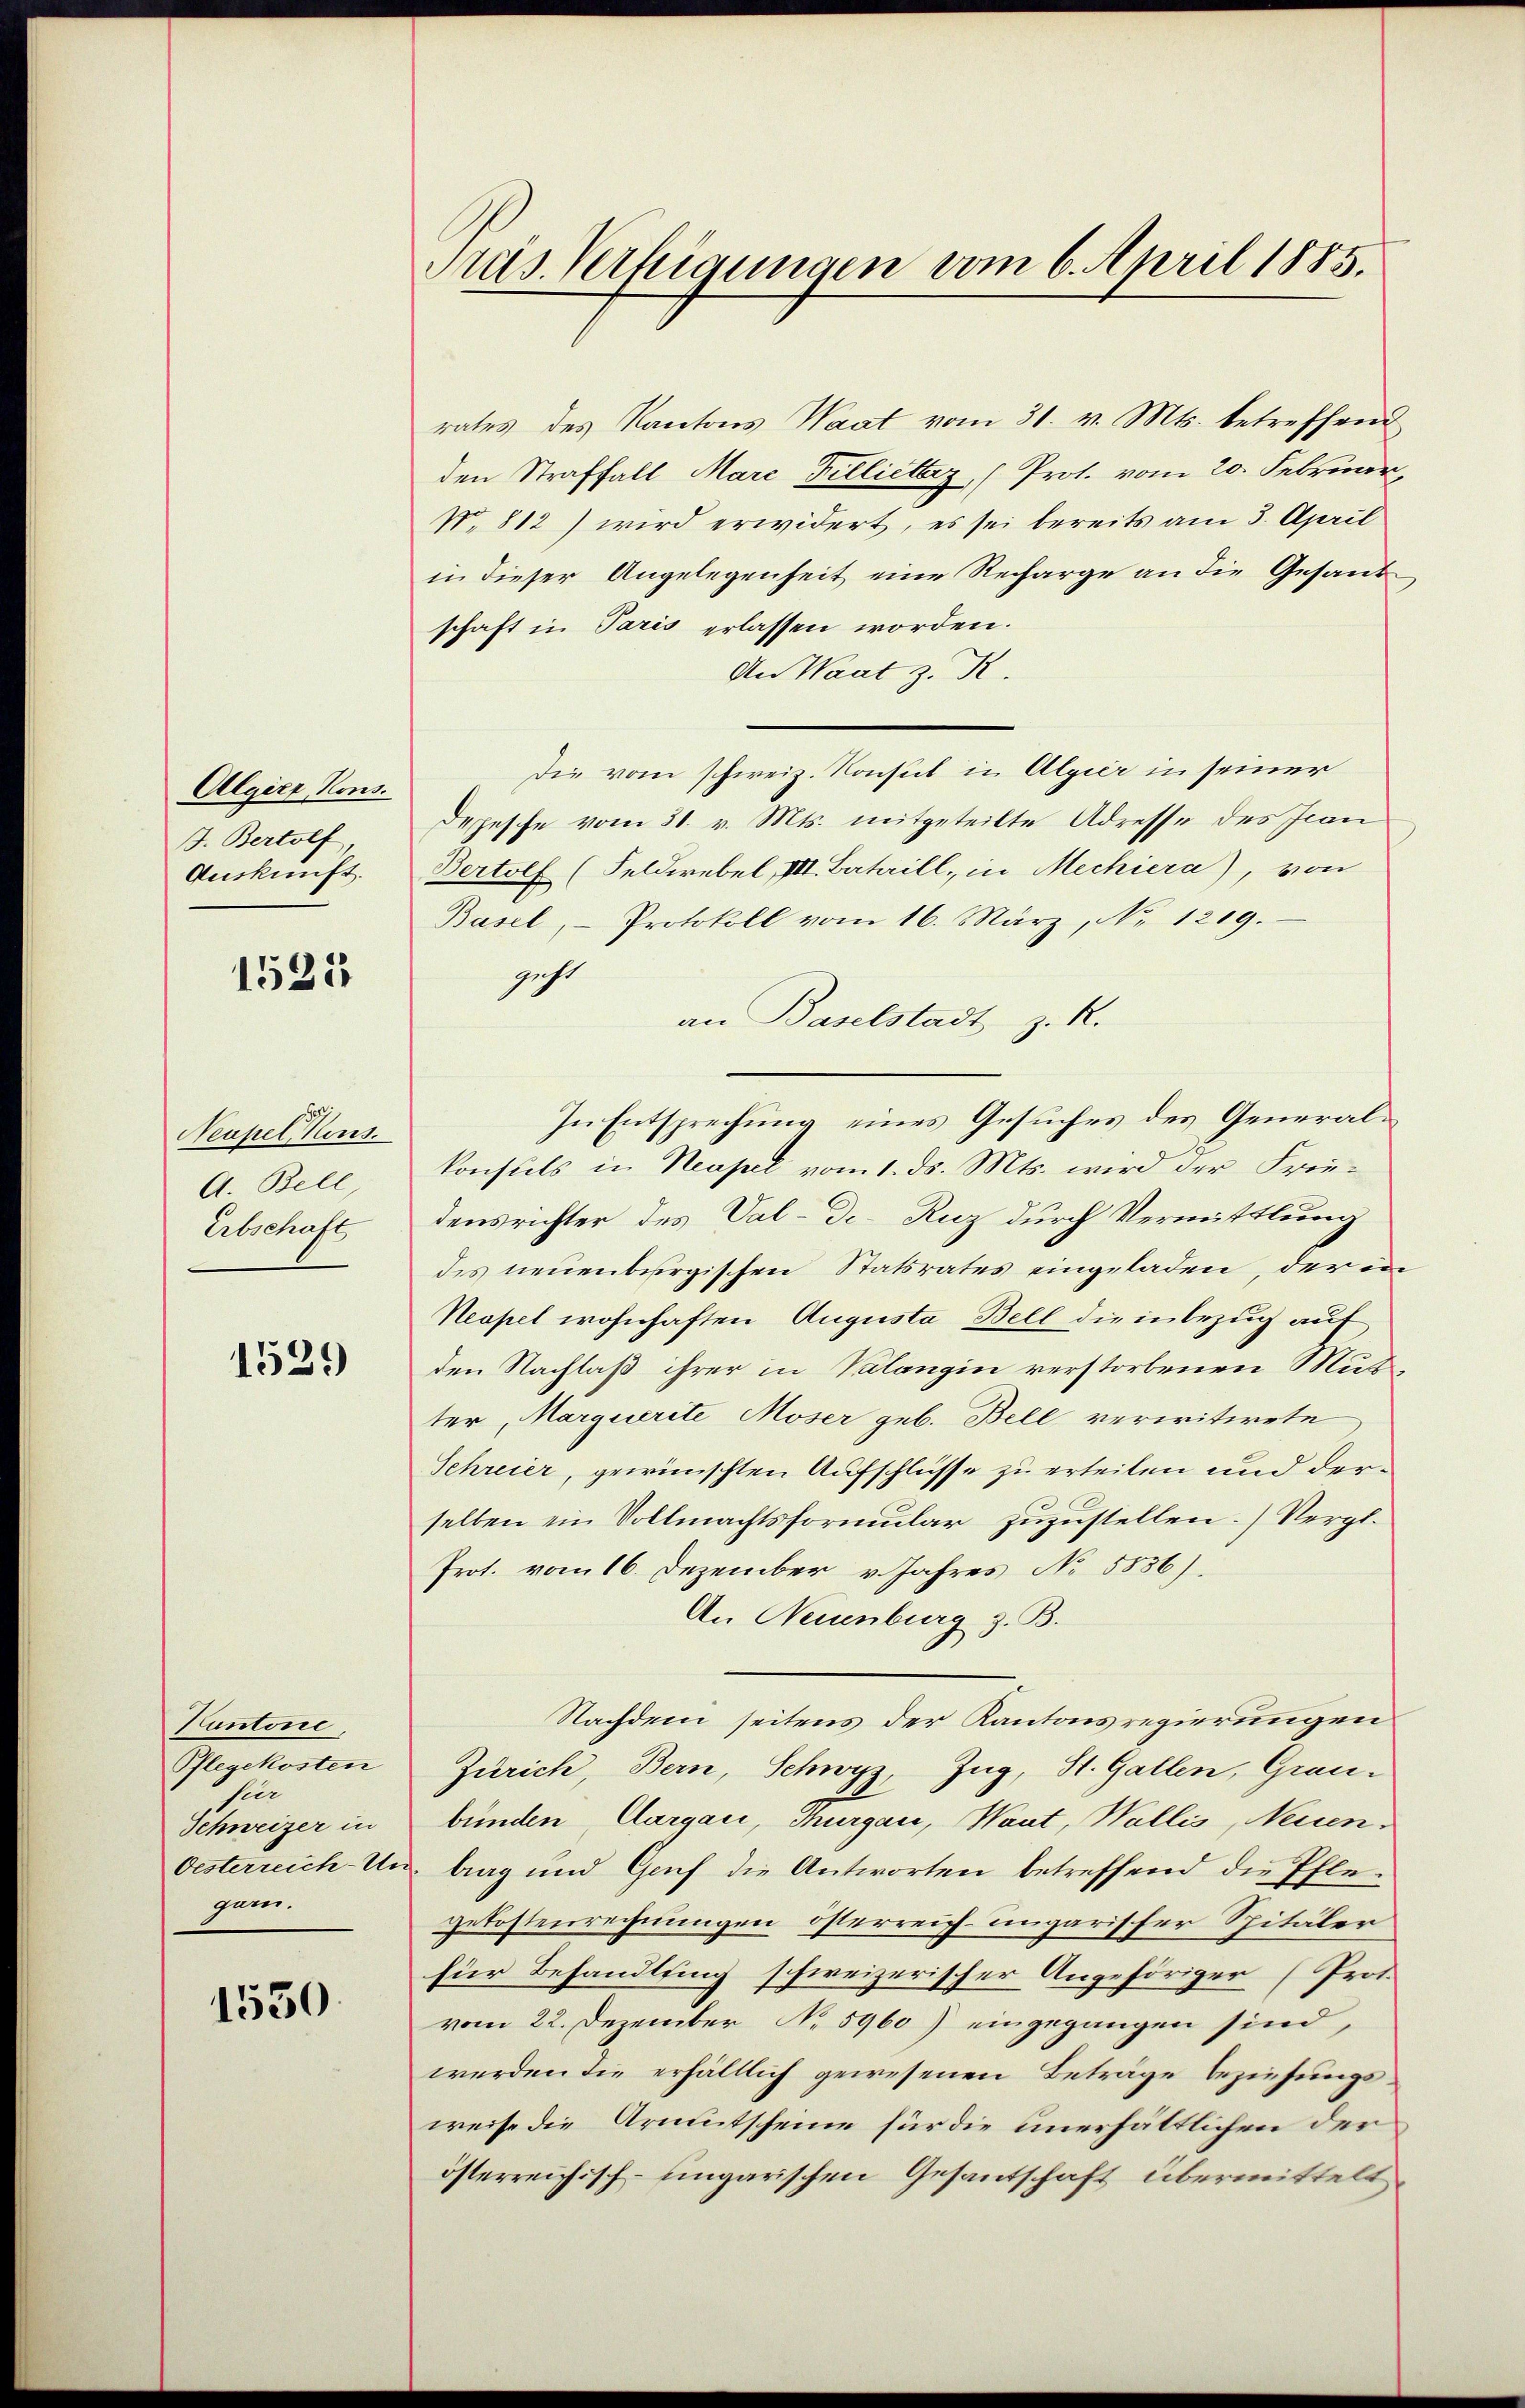
Algier Kons.
J. Bertolf,
Auskunft.

1525

Neupel, Haus.
A. Bell
Erbschaft

1529

Kantone
Pflegekosten
fier
Schweizer in
Oesterreich-U.
garn.

1530

Pras. Verfügungen vom 6. April 1885.

rates des Kantons Waat vom 31. v. Mts. betreffend
den Straffall Mare Tillictarz (Prot. vom 20. Februar,
N. 812) wird erwidert, es sei bereits am 3. April
in dieser Angelegenheit eine Recharge an die Gesandschaft in Paris erlassen worden.
An Waat z. R.
Die vom schweiz. Konsul in Algier in seiner
Depesche vom 31. v. Mts. mitgeteilte Adresse des Jean
Bertolf (Feldwebel, III. Bataill, in Mechiera), von
Basel, Protokoll vom 16. März, No 1219.
gest
an Baselstadt z. R.
In Entsprechung eines Gesuches des Generalkonsuls in Neapel vom 1. ds. Mts. wird der Friedensrichter des Val-Di-Ruz durch Vermittlung
des neuenburgischen Statsrates eingeladen, der in
Neapel wohnhaften Augusta Bell die inbezug auf
den Nachlaß ihrer in Kalangin verstorbenen Mut
ter, Marquerite Moser geb. Bell verwitwete
Schreier, gewünschten Aufschlüsse zu erteilen und derselben ein Vollmachtsformular zuzustellen. Vergl.
Prot. vom 16. Dezember v. Jahres No 5836).
An Neuenburg z. B.
Nachdem seitens der Kantonsregierungen
Zürich, Bern, Schwyz, Zug, St. Gallen, Grau-
bünden, Aargau, Thurgau, Waut, Wallis, Neuenbag und Genf die Antworten betreffend die Pflegekostenrechnungen österreich-ungarischer Spitäler
für Behandlung schweizerischer Angehöriger (Prot.
vom 22. Dezember No 5960) eingegangen sind,
werden die erhältlich gewesenen Beträge beziehungsweise die Armutscheine für die unerhältlichen der
österreichisch-ungarischen Gesantschaft übermittelt